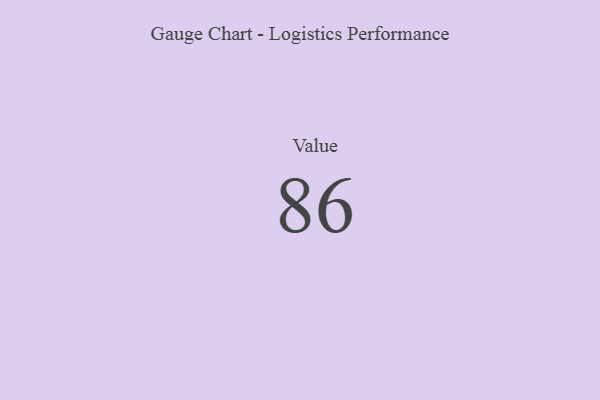
{"axis": {"x": "Metric", "y": "Value"}, "legend": [""], "data": [{"x": "Value", "y": 86, "type": ""}]}